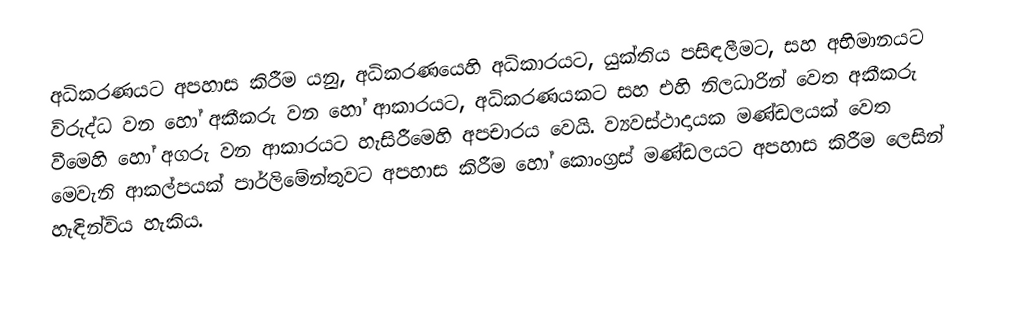
අධිකරණයට අපහාස කිරීම යනු, අධිකරණයෙහි අධිකාරයට, යුක්තිය පසිඳලීමට, සහ අභිමානයට විරුද්ධ වන හෝ අකීකරු වන හෝ ආකාරයට, අධිකරණයකට සහ එහි නිලධාරින් වෙත අකීකරු වීමෙහි හෝ අගරු වන ආකාරයට හැසිරීමෙහි අපචාරය වෙයි. ව්‍යවස්ථාදායක මණ්ඩලයක් වෙත මෙවැනි ආකල්පයක් පාර්ලිමේන්තුවට අපහාස කිරීම හෝ කොංග්‍රස් මණ්ඩලයට අපහාස කිරීම ලෙසින් හැඳින්විය හැකිය.